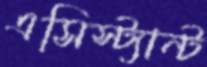
এসিস্ট্যান্ট